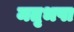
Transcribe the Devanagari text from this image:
मतृभषा